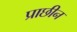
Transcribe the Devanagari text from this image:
प्राछीन